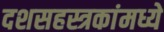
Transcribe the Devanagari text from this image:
दशसहस्त्रकांमध्ये